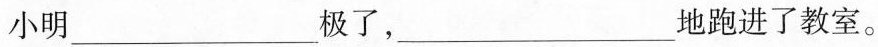
小明___极了，___地跑进了教室。